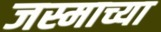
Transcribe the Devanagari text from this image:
जस्माच्या